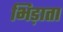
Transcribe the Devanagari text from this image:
भिड़ाता